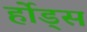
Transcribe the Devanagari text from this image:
र्होड्स